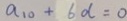
a _ { 1 0 } + 6 d = 0